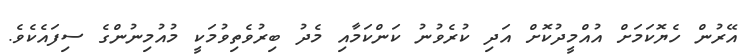
އޭރުން ހެޔޮކަމަށް އުއްމީދުކޮށް އަދި ކުރެވުނު ކަންކަމާއި މެދު ބިރުވެތިވުމަކީ މުއުމިނުންގެ ސިފައެކެވެ.